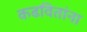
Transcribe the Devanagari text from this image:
कढवितांना